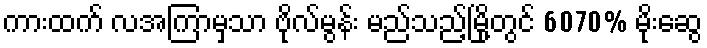
ကားထက် လအကြာမှသာ ဗိုလ်မွန်း မည်သည့်မြို့တွင် 6070% မိုးဆွေ